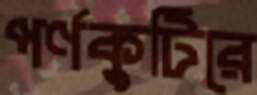
পর্ণকুটিরে